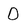
Character: D